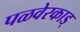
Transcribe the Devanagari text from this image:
पळवेरकाड्